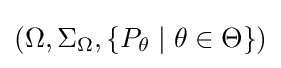
(\Omega ,\Sigma _{\Omega },\lbrace P_{\theta }\mid \theta \in \Theta \rbrace )